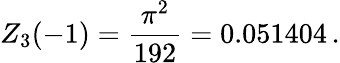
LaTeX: Z_{3}(-1)=\frac{\pi^{2}}{192}=0.051404\, {.}